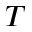
{ \cal T }